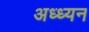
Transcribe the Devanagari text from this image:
अध्ध्यन